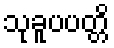
သုခူပပတ္တိ